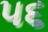
૫૬